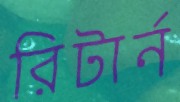
রিটার্ন